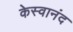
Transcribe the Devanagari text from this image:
केस्वानंद